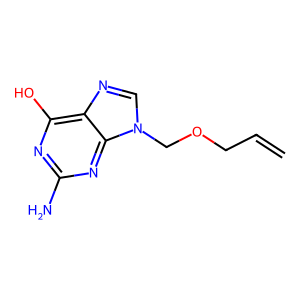
SMILES: C=CCOCn1cnc2c(O)nc(N)nc21
Inhibits HIV replication: No